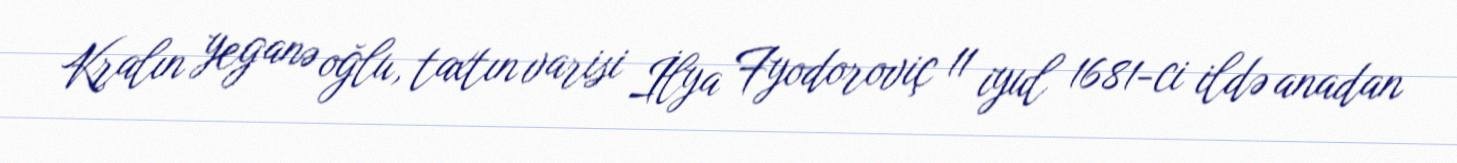
Kralın yeganə oğlu, taxtın varisi İlya Fyodoroviç 11 iyul 1681-ci ildə anadan